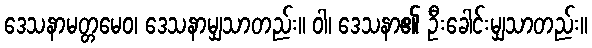
ဒေသနာမတ္တမေဝ၊ ဒေသနာမျှသာတည်း။ ဝါ၊ ဒေသနာ၏ ဦးခေါင်းမျှသာတည်း။